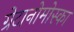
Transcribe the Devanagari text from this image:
ग्रेटानोमोस्का